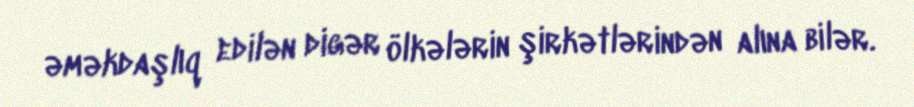
əməkdaşlıq edilən digər ölkələrin şirkətlərindən alına bilər.